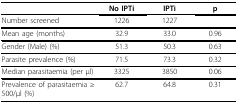
|  | No IPTi | IPTi | p |
 | --- | --- | --- | --- |
 | Number screened | 1226 | 1227 |  |
 | Mean age (months) | 32.9 | 33.0 | 0.96 |
 | Gender (Male) (%) | 51.3 | 50.3 | 0.63 |
 | Parasite prevalence (%) | 71.5 | 73.3 | 0.32 |
 | Median parasitaemia (per μl) | 3325 | 3850 | 0.06 |
 | Prevalence of parasitaemia ≥ 500/μl (%) | 62.7 | 64.8 | 0.31 |